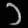
Digit: ၁